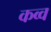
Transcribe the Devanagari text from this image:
कव्व